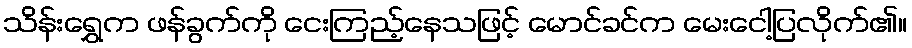
သိန်းရွှေက ဖန်ခွက်ကို ငေးကြည့်နေသဖြင့် မောင်ခင်က မေးငေါ့ပြလိုက်၏။